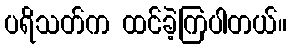
ပရိသတ်က ထင်ခဲ့ကြပါတယ်။